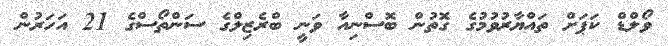
ވޯލްޑް ކަޕަށް ތައްޔާރުވުމުގެ ގޮތުން ބޮސްނިއާ ވަނީ ބްރެޒިލްގެ ސަންތޯސްގެ 21 އަހަރުން